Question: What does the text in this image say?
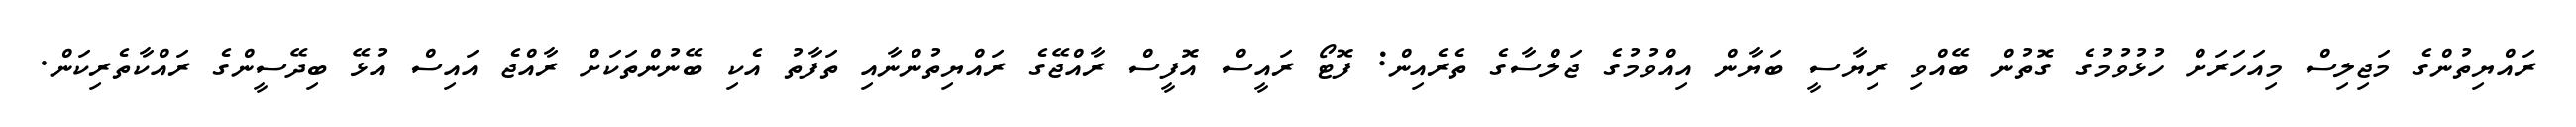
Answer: ރައްޔިތުންގެ މަޖިލިސް މިއަހަރަށް ހުޅުވުމުގެ ގޮތުން ބޭއްވި ރިޔާސީ ބަޔާން އިއްވުމުގެ ޖަލްސާގެ ތެރެއިން: ފޮޓޯ ރައީސް އޮފީސް ރާއްޖޭގެ ރައްޔިތުންނާއި ތަފާތު އެކި ބޭނުންތަކަށް ރާއްޖެ އައިސް އުޅޭ ބިދޭސީންގެ ރައްކާތެރިކަން.